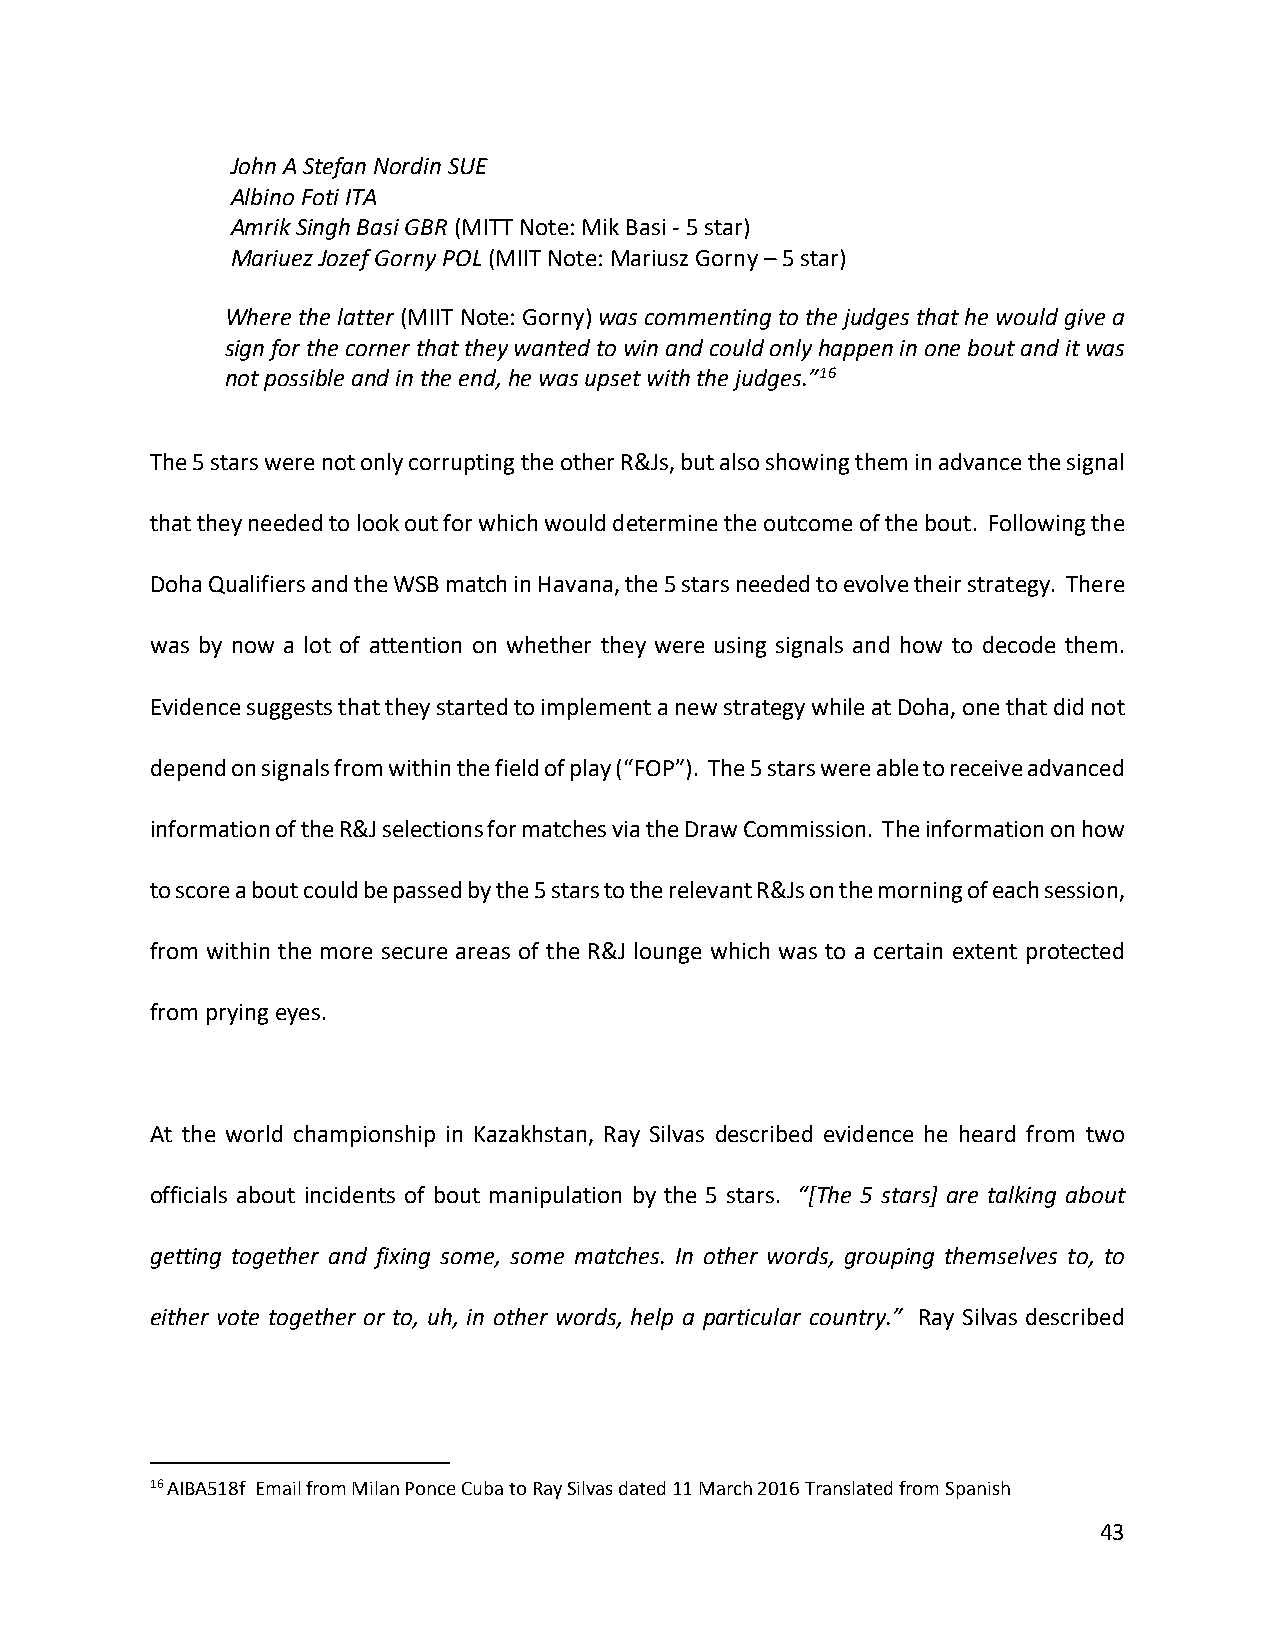
John A Stefan Nordin SUE
 Albino Foti ITA
 Amrik Singh Basi GBR (MITT Note: Mik Basi - 5 star)
 Mariuez Jozef Gorny POL (MIIT Note: Mariusz Gorny – 5 star)
 Where the latter (MIIT Note: Gorny) was commenting to the judges that he would give a
 sign for the corner that they wanted to win and could only happen in one bout and it was
 not possible and in the end, he was upset with the judges.”16
 The 5 stars were not only corrupting the other R&Js, but also showing them in advance the signal
 that they needed to look out for which would determine the outcome of the bout. Following the
 Doha Qualifiers and the WSB match in Havana, the 5 stars needed to evolve their strategy. There
 was by now a lot of attention on whether they were using signals and how to decode them.
 Evidence suggests that they started to implement a new strategy while at Doha, one that did not
 depend on signals from within the field of play (“FOP”). The 5 stars were able to receive advanced
 information of the R&J selections for matches via the Draw Commission. The information on how
 to score a bout could be passed by the 5 stars to the relevant R&Js on the morning of each session,
 from within the more secure areas of the R&J lounge which was to a certain extent protected
 from prying eyes.
 At the world championship in Kazakhstan, Ray Silvas described evidence he heard from two
 officials about incidents of bout manipulation by the 5 stars. “[The 5 stars] are talking about
 getting together and fixing some, some matches. In other words, grouping themselves to, to
 either vote together or to, uh, in other words, help a particular country.” Ray Silvas described
 16 AIBA518f Email from Milan Ponce Cuba to Ray Silvas dated 11 March 2016 Translated from Spanish
 43